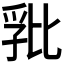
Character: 𭯏